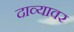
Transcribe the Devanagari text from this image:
दाव्यावर